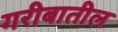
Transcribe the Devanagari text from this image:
गरीबातील